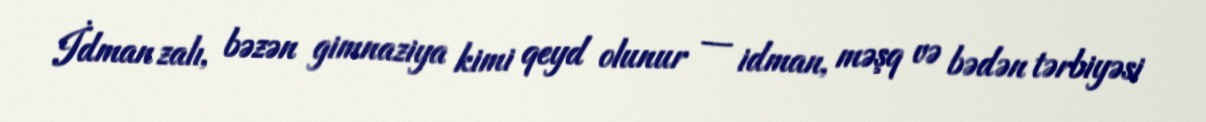
İdman zalı, bəzən gimnaziya kimi qeyd olunur — idman, məşq və bədən tərbiyəsi